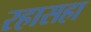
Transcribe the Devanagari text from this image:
रहासहा